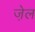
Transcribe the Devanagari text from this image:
जे़ल